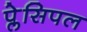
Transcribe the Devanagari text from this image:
प्लेसिपल